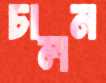
চালন